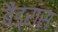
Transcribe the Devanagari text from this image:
बैंड्रास